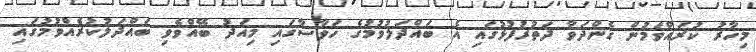
މިހާރު ކުރައްވަމުން ގެންދަވާ ދަތުރުފުޅުގައި އެ ބައްދަލުވުމުގެ ހަވާސާގަައި މިއަދު ބޭއްވެވި ބައްދަލުކުރެއްވުމުގައި